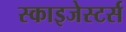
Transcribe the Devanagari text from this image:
स्काइजेस्टर्स